Civil Veterinary Department Bihar & Orissa reports 1922-29 - 1922-1929
Year: 1922
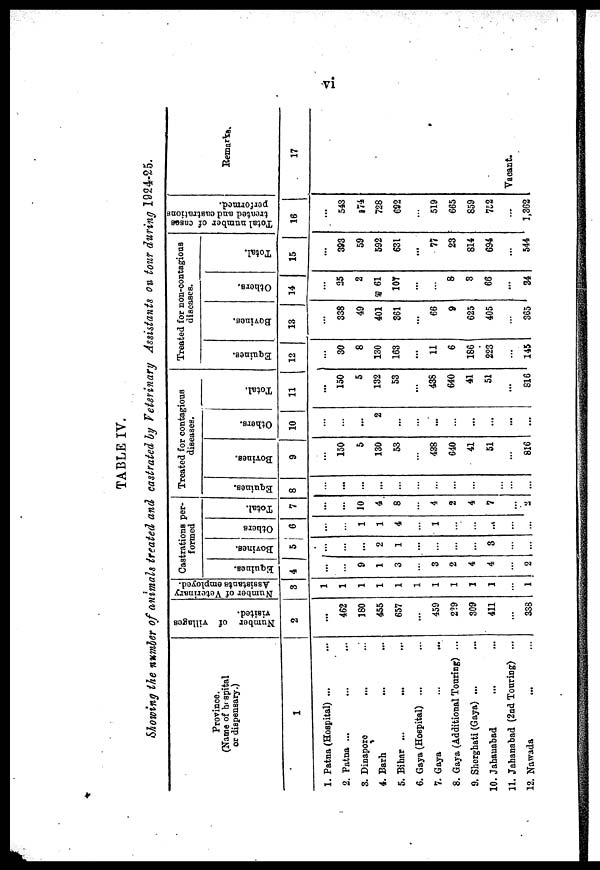
vi
Showing the number of animals treated and castrated by Veterinary Assistants on tour during 1924-25.
Province.
(Name of hospital
or dispensary.)
1
1. Patna (Hospital) ...
2. Patna ...
3. Dinaporo
4. Barh
5. Bihar ...
6. Gaya (Hospital) ...
7. Gaya
8. Gaya (Additional Touring) ...
9. Sherghati (Gaya) ...
10. Jahanabad
11. Jahanabad (2nd Touring) ...
12. Nawada
Number of villages
visited.
2
...
462
180
455
657
...
459
229
309
411
...
338
Number of Veterinary
Assistants employed.
3
1
1
1
1
1
1
1
1
1
1
...
1
Castrations per-
formed
Equines.
4
...
...
9
1
3
...
3
2
4
4
...
2
Bovines.
5
...
...
...
2
1
...
...
...
...
3
...
...
Others
6
...
...
1
1
4
...
1
...
...
...
...
...
Total.
7
...
...
10
4
8
...
4
2
4
7
...
...
Treated for contagious
diseases.
Equines.
8
...
...
...
...
...
...
...
...
...
...
...
...
Bovines.
9
...
150
5
130
53
...
438
640
41
51
...
816
Others.
10
...
...
...
2
...
...
...
...
...
...
...
...
Total.
11
...
150
5
132
53
...
436
640
41
51
...
816
Treated for non-contagious
diseases.
Equines.
12
...
30
8
130
163
...
11
6
186
223
...
145
Bovines.
13
...
338
49
401
361
...
66
9
625
405
...
365
Others.
14
...
25
2
61
107
...
...
8
3
66
...
34
Total.
15
...
393
59
592
631
...
77
23
814
694
...
544
Total number of cases
treated and castrations
performed.
16
...
543
...
728
692
...
519
665
859
752
...
1,362
Remarks.
17
Vacant.